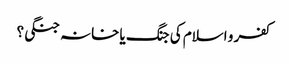
کفر و اسلام کی جنگ یا خانہ جنگی؟